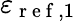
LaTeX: \varepsilon_{\mathrm{~r~e~f~},1}